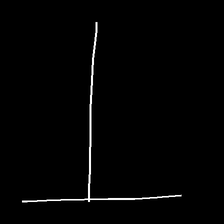
Glyph: column